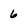
Character: 6